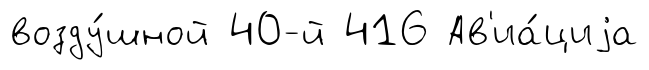
возду́шной 40-й 416 Ав'иа́циjа